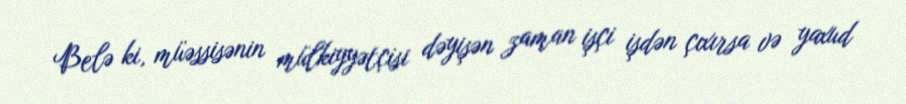
Belə ki, müəssisənin mülkiyyətçisi dəyişən zaman işçi işdən çıxırsa və yaxud